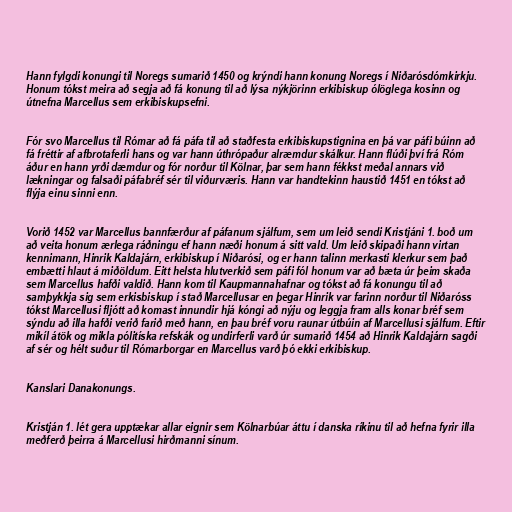
Hann fylgdi konungi til Noregs sumarið 1450 og krýndi hann konung Noregs í Niðarósdómkirkju.
Honum tókst meira að segja að fá konung til að lýsa nýkjörinn erkibiskup ólöglega kosinn og
útnefna Marcellus sem erkibiskupsefni.

Fór svo Marcellus til Rómar að fá páfa til að staðfesta erkibiskupstignina en þá var páfi búinn að
fá fréttir af afbrotaferli hans og var hann úthrópaður alræmdur skálkur. Hann flúði því frá Róm
áður en hann yrði dæmdur og fór norður til Kölnar, þar sem hann fékkst meðal annars við
lækningar og falsaði páfabréf sér til viðurværis. Hann var handtekinn haustið 1451 en tókst að
flýja einu sinni enn.

Vorið 1452 var Marcellus bannfærður af páfanum sjálfum, sem um leið sendi Kristjáni 1. boð um
að veita honum ærlega ráðningu ef hann næði honum á sitt vald. Um leið skipaði hann virtan
kennimann, Hinrik Kaldajárn, erkibiskup í Niðarósi, og er hann talinn merkasti klerkur sem það
embætti hlaut á miðöldum. Eitt helsta hlutverkið sem páfi fól honum var að bæta úr þeim skaða
sem Marcellus hafði valdið. Hann kom til Kaupmannahafnar og tókst að fá konungu til að
samþykkja sig sem erkisbiskup í stað Marcellusar en þegar Hinrik var farinn norður til Niðaróss
tókst Marcellusi fljótt að komast innundir hjá kóngi að nýju og leggja fram alls konar bréf sem
sýndu að illa hafði verið farið með hann, en þau bréf voru raunar útbúin af Marcellusi sjálfum. Eftir
mikíl átök og mikla pólitíska refskák og undirferli varð úr sumarið 1454 að Hinrik Kaldajárn sagði
af sér og hélt suður til Rómarborgar en Marcellus varð þó ekki erkibiskup.

Kanslari Danakonungs.

Kristján 1. lét gera upptækar allar eignir sem Kölnarbúar áttu í danska ríkinu til að hefna fyrir illa
meðferð þeirra á Marcellusi hirðmanni sínum.